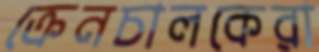
ক্রেনচালকেরা